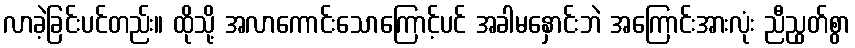
လာခဲ့ခြင်းပင်တည်း။ ထိုသို့ အလာကောင်းသောကြောင့်ပင် အခါမနှောင်းဘဲ အကြောင်းအားလုံး ညီညွတ်စွာ